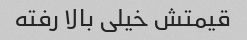
قیمتش خیلی بالا رفته